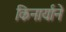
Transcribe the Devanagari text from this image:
किनार्याने